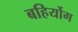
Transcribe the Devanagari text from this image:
बहिर्योग